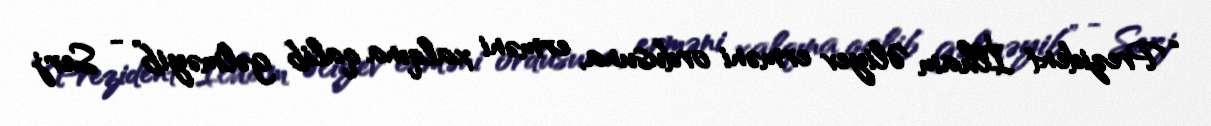
“Prezident İlham Əliyev erməni ordusuna, erməni xalqına qalib gəlməyib” - Serj